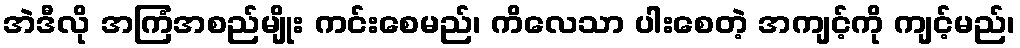
အဲဒီလို အကြံအစည်မျိုး ကင်းစေမည်၊ ကိလေသာ ပါးစေတဲ့ အကျင့်ကို ကျင့်မည်၊